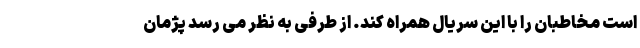
است مخاطبان را با این سریال همراه کند. از طرفی به نظر می رسد پژمان